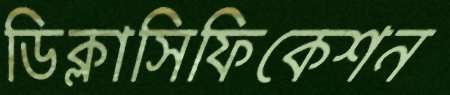
ডিক্লাসিফিকেশন